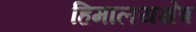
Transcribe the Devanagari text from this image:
हिमालयक्षेत्र